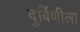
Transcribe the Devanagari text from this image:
दुर्बिणीला